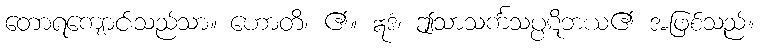
တောရကျောင်းသည်သာ။ ဟောတိ၊ ၏။ ဣဒံ၊ ဤသာသင်္ကသပ္ပဋိဘယ၏ အဖြစ်သည်။